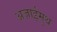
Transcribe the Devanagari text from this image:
अज़ाईमुथ